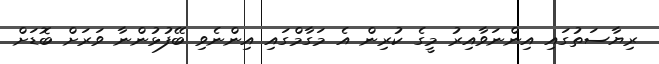
ރިޔާސަތުގައި އިންނަވާއިރު މީގެ ކުރިން އެ މަގާމްގައި އިންނެވި ބޭފުޅުންނާ ވަރަށް ބޮޑަށް